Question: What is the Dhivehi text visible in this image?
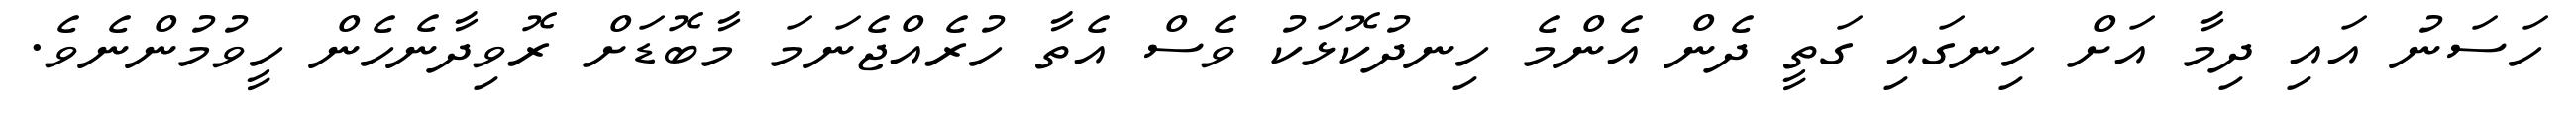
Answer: ހަސަނު އައި ދިމާ އަށް ހިނގައި ގަތީ ދެން އެންމެ ހިނދުކޮޅަކު ވެސް އެތާ ހުރެއްޖެނަމަ މާބޮޑަށް ރޮވިދާނެހެން ހީވުމުންނެވެ.